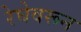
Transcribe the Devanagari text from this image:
रेघेवरून